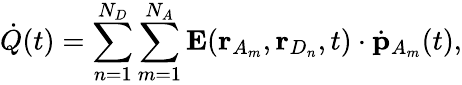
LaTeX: \dot{Q}(t)=\sum_{n=1}^{N_{D}}\sum_{m=1}^{N_{A}}\mathbf{E}(\mathbf{r}_{A_{m}},\mathbf{r}_{D_{n}},t)\cdot\dot{\mathbf{p}}_{A_{m}}(t),